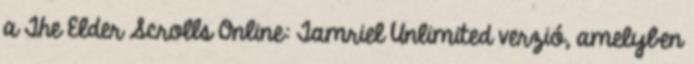
a The Elder Scrolls Online: Tamriel Unlimited verzió, amelyben